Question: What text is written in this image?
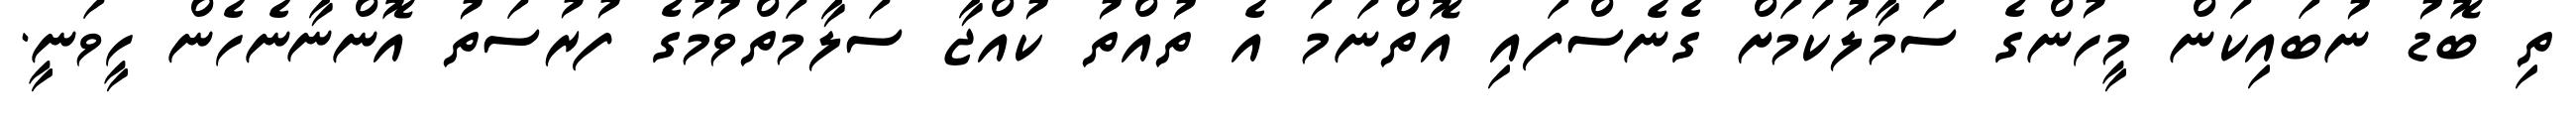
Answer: ތި ބޮޑު ނުބައިކަން މީހުންގެ ސަމާލުކަމަށް ގެނެސްފައި އޮތްނަމަ އެ ތުއްތު ކުއްޖާ ސަލާމަތްވުމުގެ ފުރުސަތު އޮންނާނެހެން ހީވަނީ.